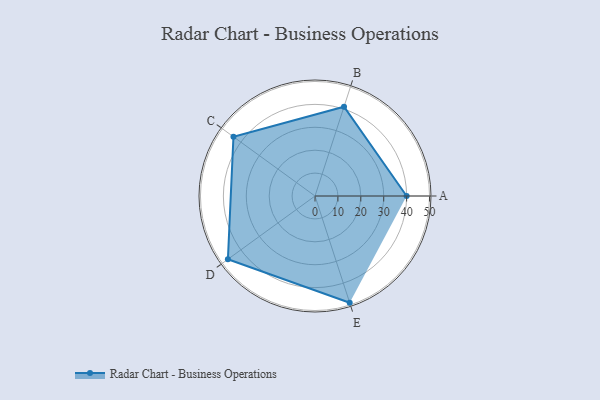
{"axis": {"x": "Skill", "y": "Score"}, "legend": ["Profile"], "data": [{"x": "A", "y": 40.0, "type": "Profile"}, {"x": "B", "y": 41.0, "type": "Profile"}, {"x": "C", "y": 44.0, "type": "Profile"}, {"x": "D", "y": 47.0, "type": "Profile"}, {"x": "E", "y": 49.0, "type": "Profile"}]}